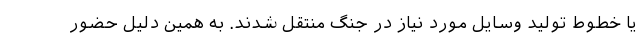
یا خطوط تولید وسایل مورد نیاز در جنگ منتقل شدند. به همین دلیل حضور